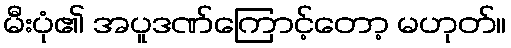
မီးပုံ၏ အပူဒဏ်ကြောင့်တော့ မဟုတ်။